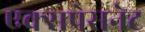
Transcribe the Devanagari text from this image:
एक्सप्रेसनेट